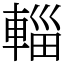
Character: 輜